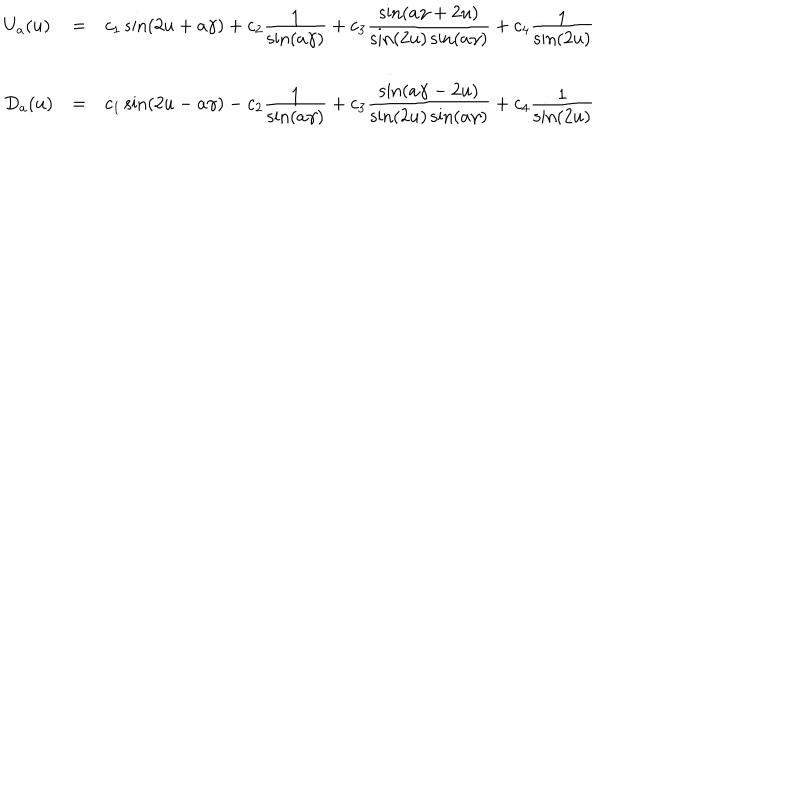
\begin{array} { l c l } { { U _ { a } ( u ) } } & { { = } } & { { c _ { 1 } \sin ( 2 u + a \gamma ) + c _ { 2 } \frac { \textstyle 1 } { \textstyle \sin ( a \gamma ) } + c _ { 3 } \frac { \textstyle \sin ( a \gamma + 2 u ) } { \textstyle \sin ( 2 u ) \sin ( a \gamma ) } + c _ { 4 } \frac { \textstyle 1 } { \textstyle \sin ( 2 u ) } } } \\ { { D _ { a } ( u ) } } & { { = } } & { { c _ { 1 } \sin ( 2 u - a \gamma ) - c _ { 2 } \frac { \textstyle 1 } { \textstyle \sin ( a \gamma ) } + c _ { 3 } \frac { \textstyle \sin ( a \gamma - 2 u ) } { \textstyle \sin ( 2 u ) \sin ( a \gamma ) } + c _ { 4 } \frac { \textstyle 1 } { \textstyle \sin ( 2 u ) } } } \\ \end{array}